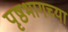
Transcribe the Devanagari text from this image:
पृष्ठभागच्या